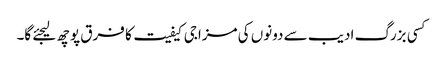
کسی بزرگ ادیب سے دونوں کی مزاجی کیفیت کا فرق پوچھ لیجئے گا۔